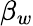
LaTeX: \beta_{w}